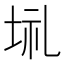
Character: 𡋀